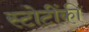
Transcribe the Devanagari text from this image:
स्टोटींकी